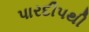
પારદીપથી